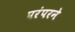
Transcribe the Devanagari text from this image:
परंपरने